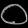
Digit: ၀